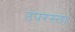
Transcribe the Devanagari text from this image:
उपरस्ता